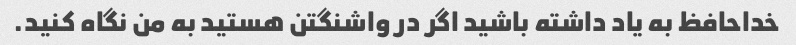
خداحافظ به یاد داشته باشید اگر در واشنگتن هستید به من نگاه کنید.